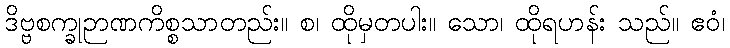
ဒိဗ္ဗစက္ခုဉာဏကိစ္စသာတည်း။ စ၊ ထိုမှတပါး။ သော၊ ထိုရဟန်း သည်။ ဧဝံ၊